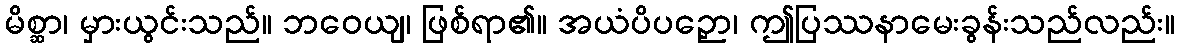
မိစ္ဆာ၊ မှားယွင်းသည်။ ဘဝေယျ၊ ဖြစ်ရာ၏။ အယံပိပဉှော၊ ဤပြဿနာမေးခွန်းသည်လည်း။